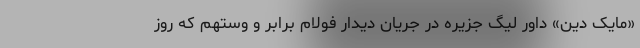
«مایک دین» داور لیگ جزیره در جریان دیدار فولام برابر و وستهم که روز